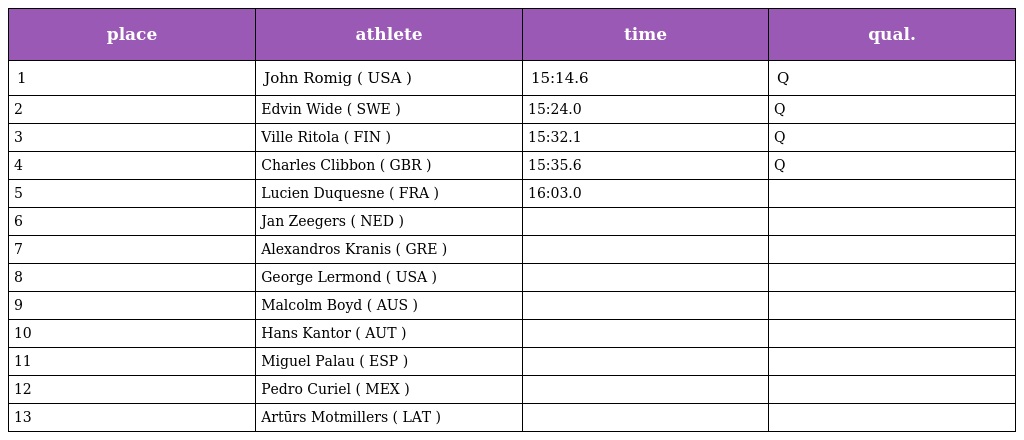
| place | athlete | time | qual. |
 | --- | --- | --- | --- |
 | 1 | John Romig ( USA ) | 15:14.6 | Q |
 | 2 | Edvin Wide ( SWE ) | 15:24.0 | Q |
 | 3 | Ville Ritola ( FIN ) | 15:32.1 | Q |
 | 4 | Charles Clibbon ( GBR ) | 15:35.6 | Q |
 | 5 | Lucien Duquesne ( FRA ) | 16:03.0 |  |
 | 6 | Jan Zeegers ( NED ) |  |  |
 | 7 | Alexandros Kranis ( GRE ) |  |  |
 | 8 | George Lermond ( USA ) |  |  |
 | 9 | Malcolm Boyd ( AUS ) |  |  |
 | 10 | Hans Kantor ( AUT ) |  |  |
 | 11 | Miguel Palau ( ESP ) |  |  |
 | 12 | Pedro Curiel ( MEX ) |  |  |
 | 13 | Artūrs Motmillers ( LAT ) |  |  |